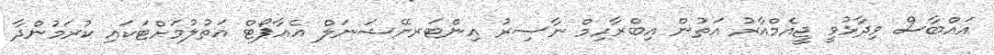
އައްބާސް ވިދާޅުވީ ޖީއެމްއާރު އަތުން އިބްރާހިމް ނާސިރު އިންޓަރނޭޝަނަލް އެއާޕޯޓް އަތުލުމަށްޓަކައި ކުރަމުންދާ